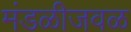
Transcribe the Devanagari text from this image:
मंडळीजवळ